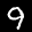
Label: 9